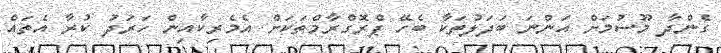
ގެންދާ މޫސުމަށް އަންނަ ބަދަލުތަކާ ބެހޭ ޕްރޮގްރާމްތަކަށް އެމެރިކާއިން ހަރަދު ކުރާ އެތައް